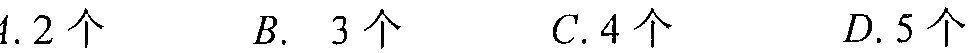
A. \(2\)个  \(\quad\) B. \(3\)个  \(\quad\) C. \(4\)个  \(\quad\) D. \(5\)个